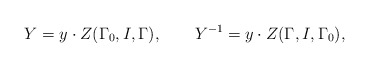
\begin{align*}Y=y\cdot Z(\Gamma _{0},I,\Gamma ),\mathbf{\qquad }Y^{-1}=y\cdot Z(\Gamma,I,\Gamma _{0}), \end{align*}